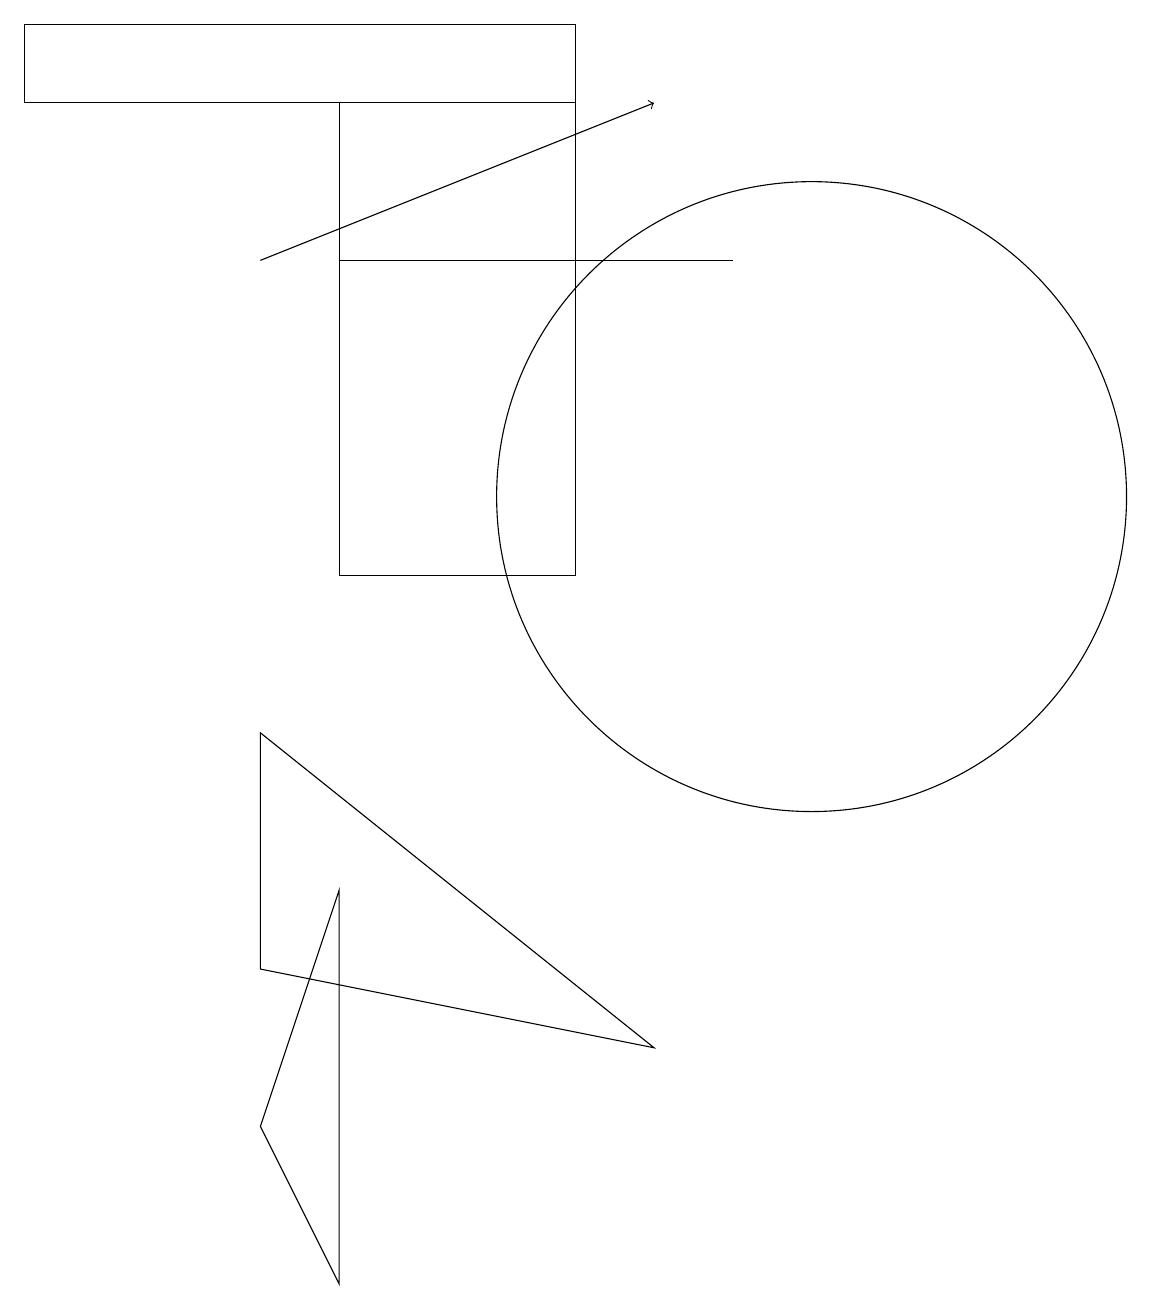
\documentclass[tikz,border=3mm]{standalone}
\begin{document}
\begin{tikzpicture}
\draw (10,11) circle (4);
\draw[->] (3,14) -- (8,16);
\draw (10,10) circle (0);
\draw (4,14) rectangle (9,14);
\draw (8,4) -- (3,5) -- (3,8) -- cycle;
\draw (7,16) rectangle (4,10);
\draw (4,6) -- (3,3) -- (4,1) -- cycle;
\draw (0,16) rectangle (7,17);
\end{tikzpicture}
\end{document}